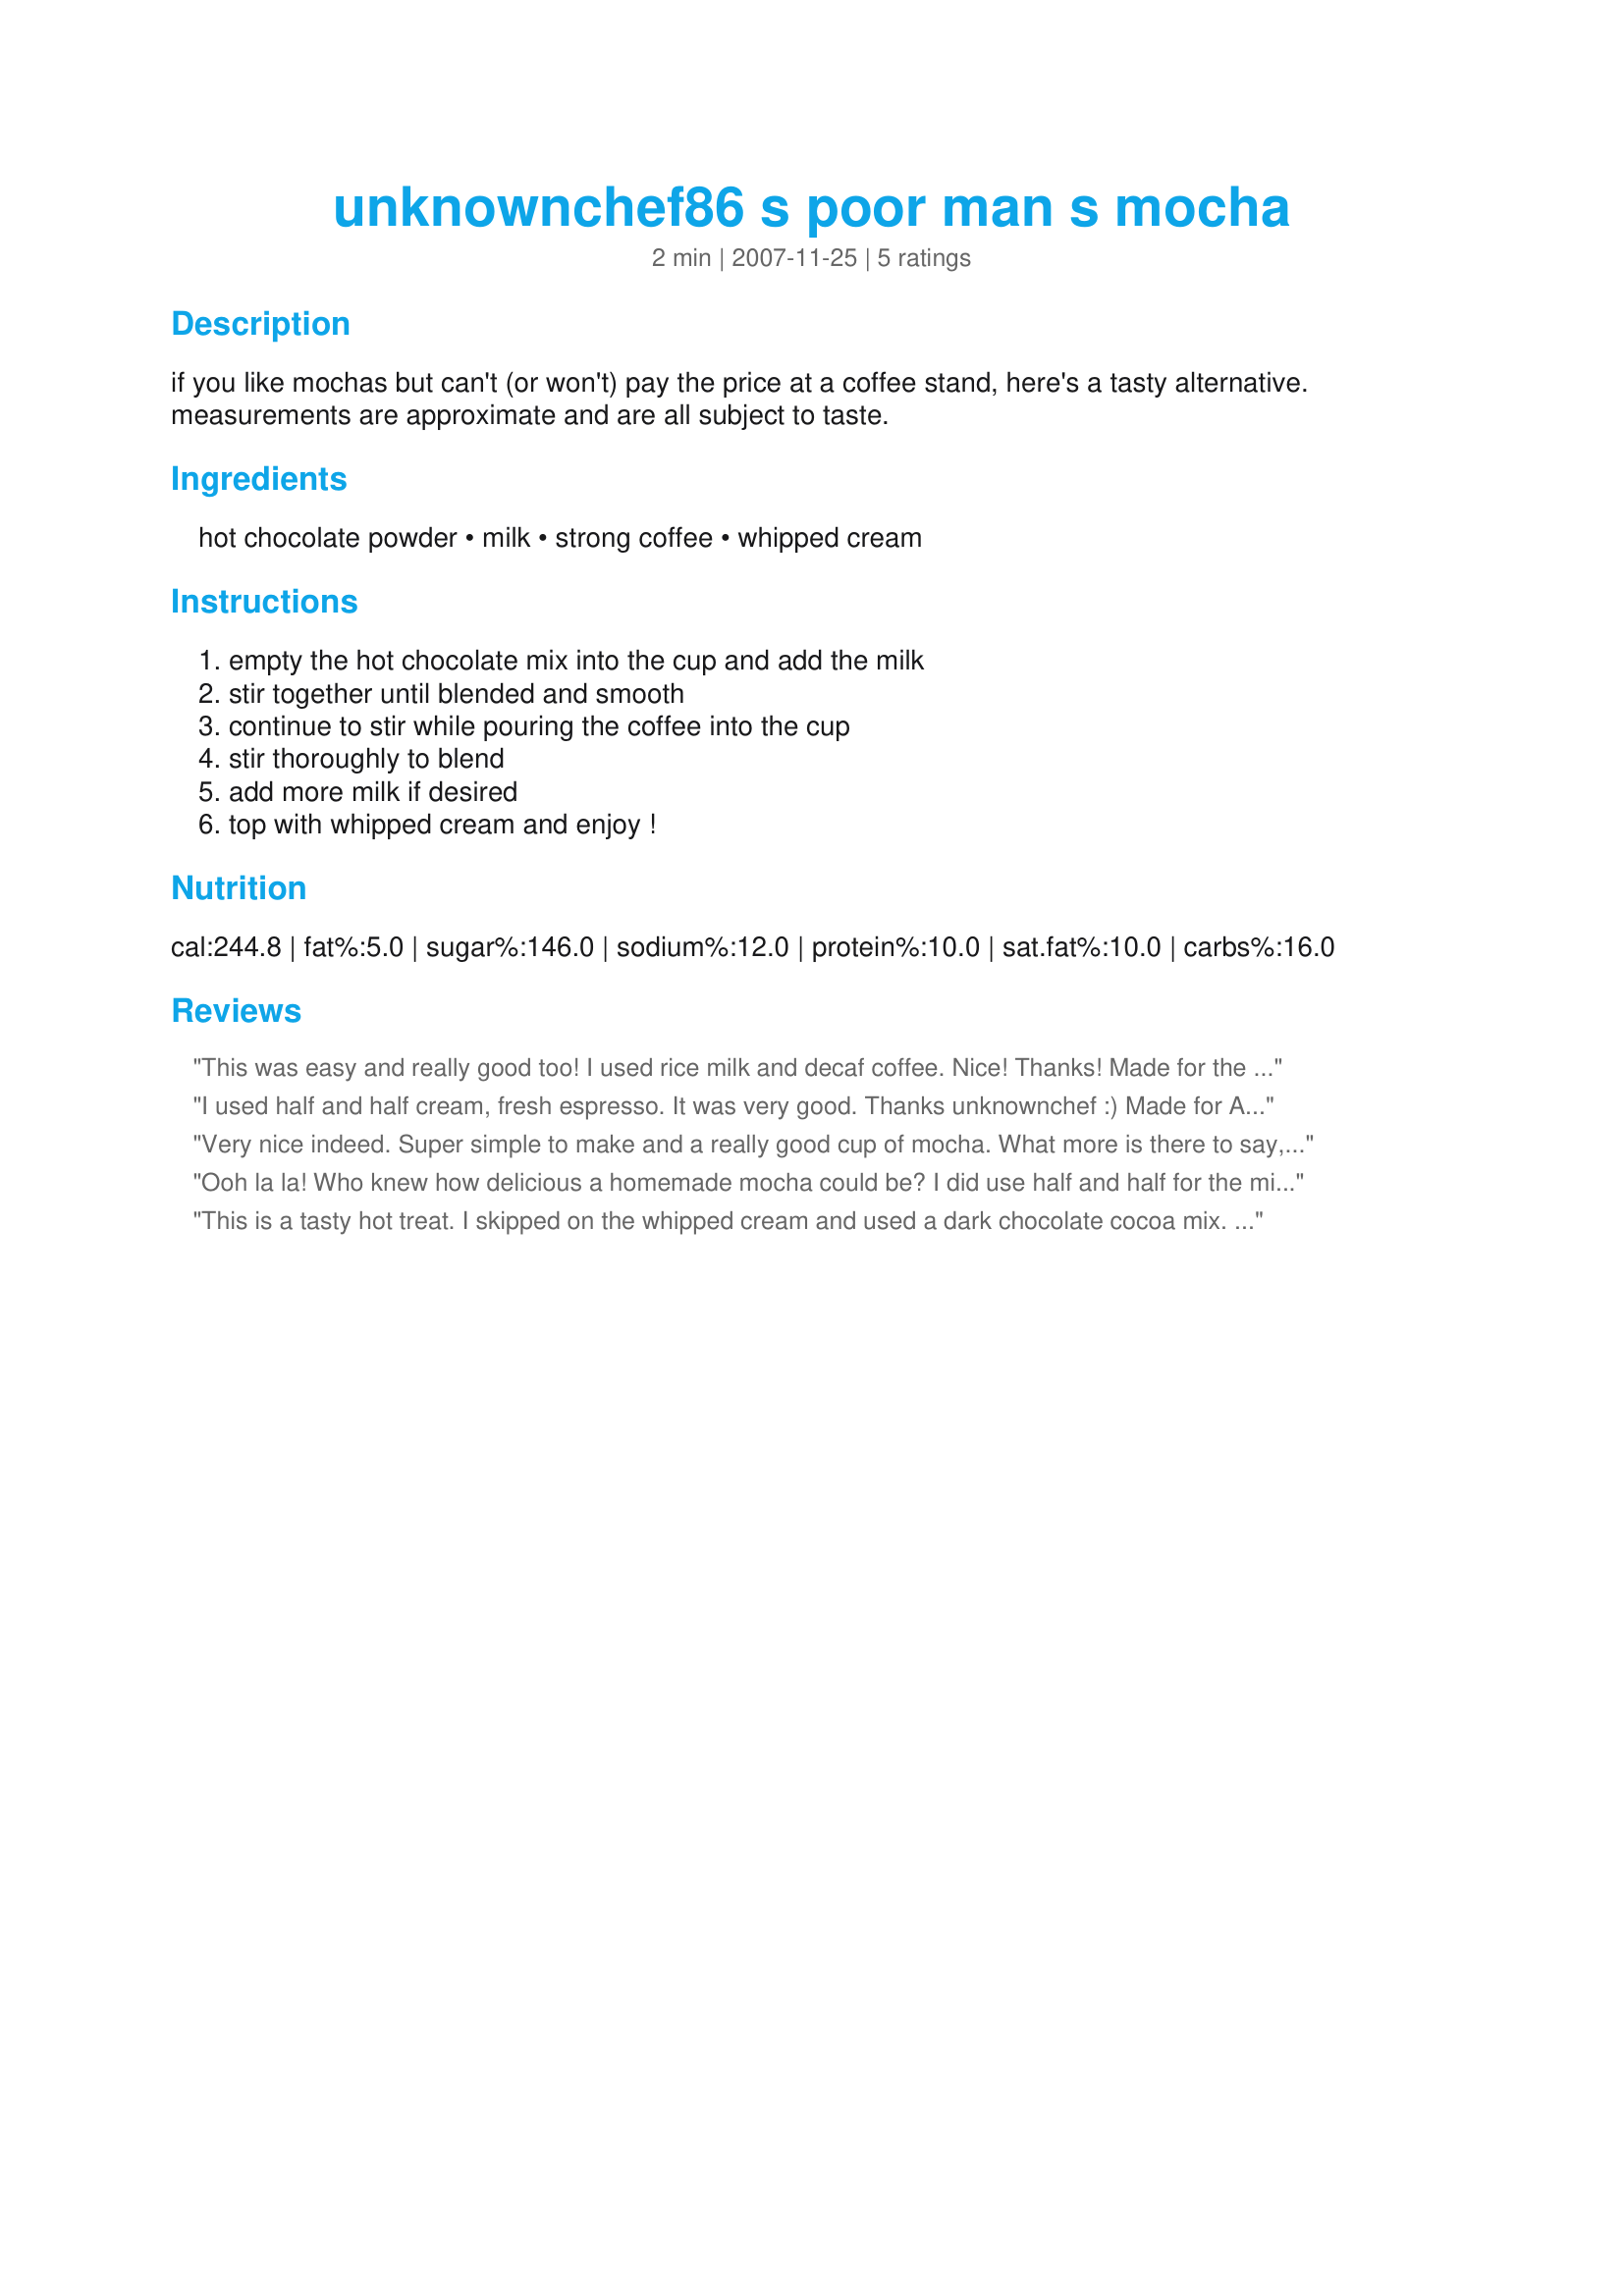
unknownchef86 s poor man s mocha
Preparation time: 2 minutes

if you like mochas but can't (or won't) pay the price at a coffee stand, here's a tasty alternative. measurements are approximate and are all subject to taste.

Ingredients:
hot chocolate powder, milk, strong coffee, whipped cream

Steps:
empty the hot chocolate mix into the cup and add the milk, stir together until blended and smooth, continue to stir while pouring the coffee into the cup, stir thoroughly to blend, add more milk if desired, top with whipped cream and enjoy !

Reviews:
This was easy and really good too! I used rice milk and decaf coffee. Nice! Thanks! Made for the I Recommend Tag game.
I used half and half cream, fresh espresso. It was very good. Thanks unknownchef :) Made for Alphabet tag game
Very nice indeed. Super simple to make and a really good cup of mocha. What more is there to say, lol. I had mone "straight up" with no embellishments, yum.
Ooh la la! Who knew how delicious a homemade mocha could be? I did use half and half for the milk and topped with real whipped cream. Delicious! Made for Comfort Cafe Snow Queen Chalet/Swiss Miss.
This is a tasty hot treat. I skipped on the whipped cream and used a dark chocolate cocoa mix. Nice on a cold winter evening.
